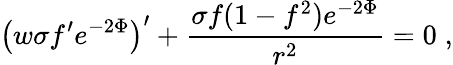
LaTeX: \left(w\sigma f^{\prime}e^{-2\Phi}\right)^{\prime}+\frac{\sigma f(1-f^{2})e^{-2\Phi}}{r^{2}}=0\; ,